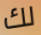
لك